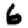
Digit: 6